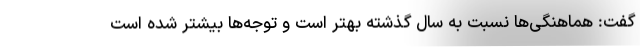
گفت: هماهنگی‌ها نسبت به سال گذشته بهتر است و توجه‌ها بیشتر شده است